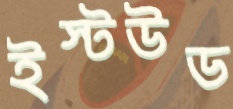
ইস্টউড